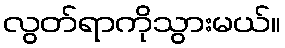
လွတ်ရာကိုသွားမယ်။